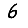
Digit: 6